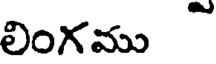
లింగము